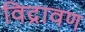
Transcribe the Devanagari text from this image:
विद्रावण